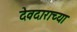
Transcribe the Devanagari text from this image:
देवदाराच्या